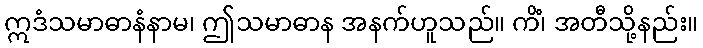
ဣဒံသမာဓာနံနာမ၊ ဤသမာဓာန အနက်ဟူသည်။ ကိံ၊ အတီသို့နည်း။